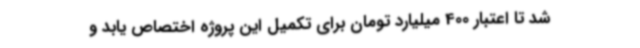
شد تا اعتبار 400 میلیارد تومان برای تکمیل این پروژه اختصاص یابد و